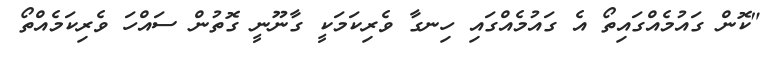
"ކޮން ގައުމެއްގައިތޯ އެ ގައުމެއްގައި ހިނގާ ވެރިކަމަކީ ގާނޫނީ ގޮތުން ސައްހަ ވެރިކަމެއްތޯ